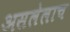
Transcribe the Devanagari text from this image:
असलेलाच